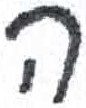
אות: ה